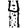
Digit: 4